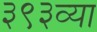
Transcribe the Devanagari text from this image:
३९३व्या